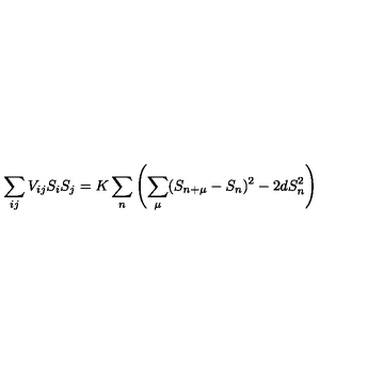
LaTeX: \sum _ { i j } V _ { i j } S _ { i } S _ { j } = K \sum _ { n } \left( \sum _ { \mu } ( S _ { n + \mu } - S _ { n } ) ^ { 2 } - 2 d S _ { n } ^ { 2 } \right)